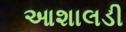
આશાલડી